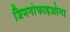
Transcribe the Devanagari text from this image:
जिमनोफाइओना